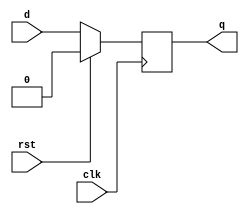
module d_ff(clk,rst,d,q);
input clk,rst,d;
output reg q;
always @(posedge clk)
begin
if (rst)
 q <= 1'b0;
else
 q <=d;
end
endmodule